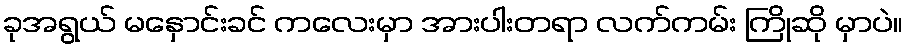
ခုအရွယ် မနှောင်းခင် ကလေးမှာ အားပါးတရာ လက်ကမ်း ကြိုဆို မှာပဲ။